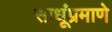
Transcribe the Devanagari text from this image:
साधूंप्रमाणे